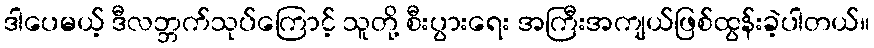
ဒါပေမယ့် ဒီလဘ္ဘက်သုပ်ကြောင့် သူတို့ စီးပွားရေး အကြီးအကျယ်ဖြစ်ထွန်းခဲ့ပါတယ်။